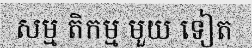
សម្ម តិកម្ម មួយ ទៀត